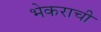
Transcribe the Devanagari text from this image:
भेकराची